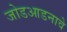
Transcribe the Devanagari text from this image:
जोडआडनावे